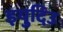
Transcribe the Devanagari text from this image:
इयुदिउ